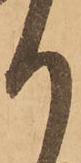
り